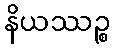
နိယဿဉ္စ